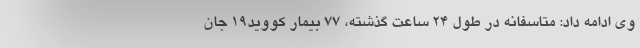
وی ادامه داد: متاسفانه در طول ۲۴ ساعت گذشته، ۷۷ بیمار کووید۱۹ جان